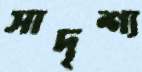
সাদৃশ্য